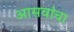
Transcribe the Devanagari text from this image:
आसवांचा